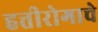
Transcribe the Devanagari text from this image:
हत्तीरोगाचे